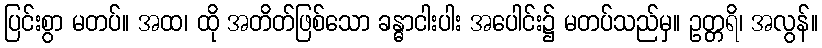
ပြင်းစွာ မတပ်။ အထ၊ ထို အတိတ်ဖြစ်သော ခန္ဓာငါးပါး အပေါင်း၌ မတပ်သည်မှ။ ဥတ္တရိ၊ အလွန်။